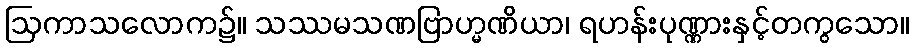
ဩကာသလောက၌။ သဿမသဏဗြာဟ္မဏိယာ၊ ရဟန်းပုဏ္ဏားနှင့်တကွသော။